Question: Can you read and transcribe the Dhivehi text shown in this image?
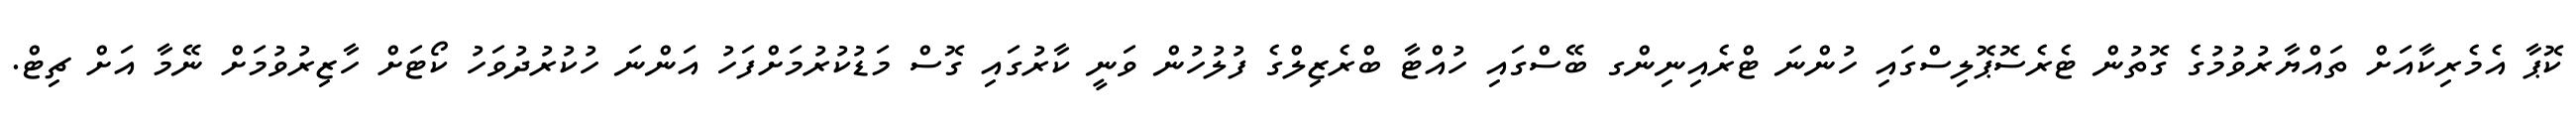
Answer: ކޮޕާ އެމެރިކާއަށް ތައްޔާރުވުމުގެ ގޮތުން ޓެރެސޮޕޮލިސްގައި ހުންނަ ޓްރެއިނިންގ ބޭސްގައި ހުއްޓާ ބްރެޒިލްގެ ފުލުހުން ވަނީ ކާރުގައި ގޮސް މަޑުކުރުމަށްފަހު އަންނަ ހުކުރުދުވަހު ކޯޓަށް ހާޒިރުވުމަށް ނޭމާ އަށް ޗިޓް.